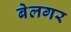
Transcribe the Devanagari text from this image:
बेलगर